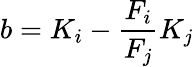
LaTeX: b=K_{i}-\frac{F_{i}}{F_{j}}K_{j}